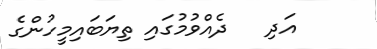
އަދި   ދެއްވުމުގައި ތިޔަބައިމީހުންގެ